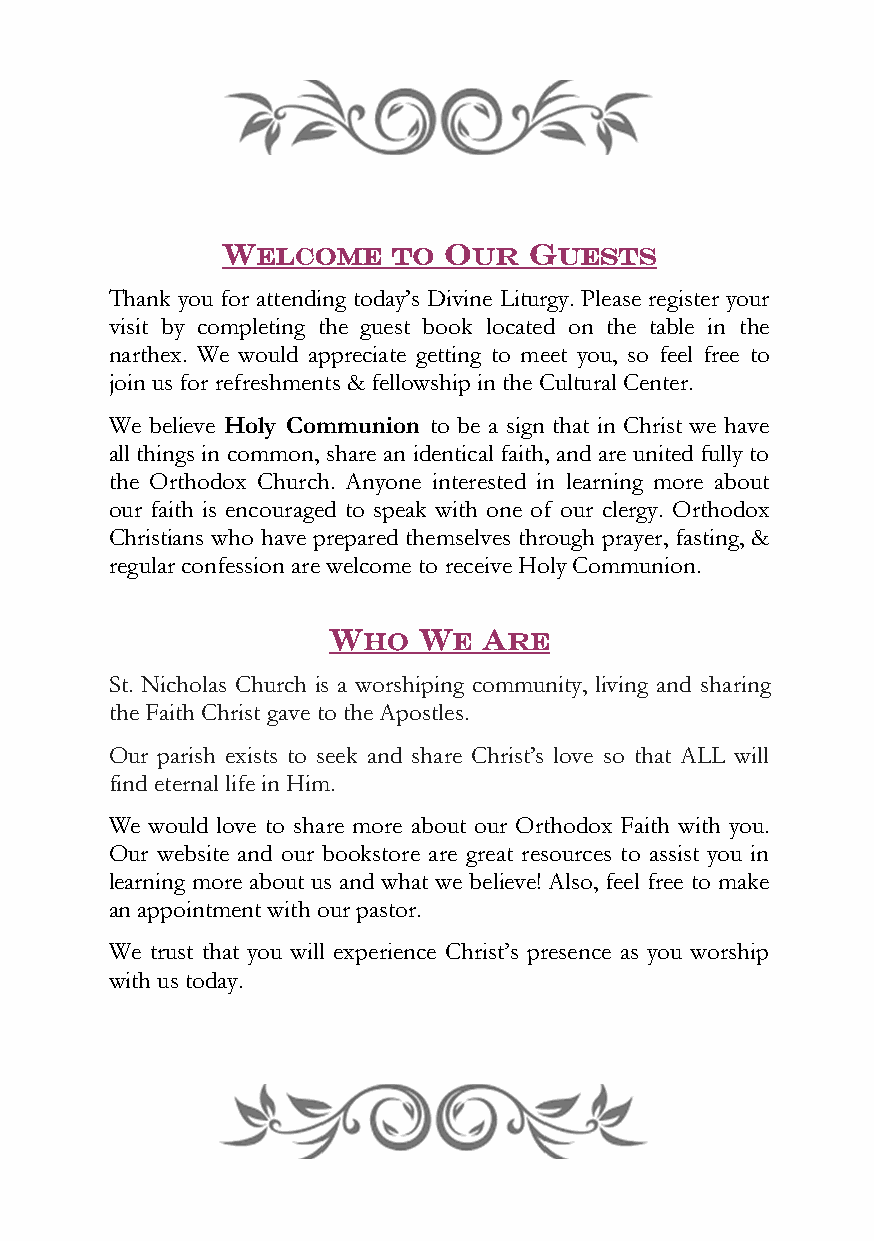
WELCOME    TO OUR   GUESTS
 Thank you for attending today’s Divine Liturgy. Please register your
 visit by completing the guest book located on the table in the
 narthex. We would appreciate getting to meet you, so feel free to
 join us for refreshments & fellowship in the Cultural Center.
 We believe Holy Communion to be a sign that in Christ we have
 all things in common, share an identical faith, and are united fully to
 the Orthodox Church. Anyone interested in learning more about
 our faith is encouraged to speak with one of our clergy. Orthodox
 Christians who have prepared themselves through prayer, fasting, &
 regular confession are welcome to receive Holy Communion.
 WHO   WE  ARE
 St. Nicholas Church is a worshiping community, living and sharing
 the Faith Christ gave to the Apostles.
 Our parish exists to seek and share Christ’s love so that ALL will
 find eternal life in Him.
 We would love to share more about our Orthodox Faith with you.
 Our website and our bookstore are great resources to assist you in
 learning more about us and what we believe! Also, feel free to make
 an appointment with our pastor.
 We trust that you will experience Christ’s presence as you worship
 with us today.